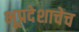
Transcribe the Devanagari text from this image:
भूप्रदेशाचेच